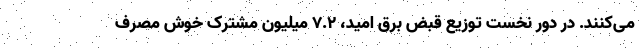
می‌کنند. در دور نخست توزیع قبض برق امید، ۷.۲ میلیون مشترک خوش مصرف